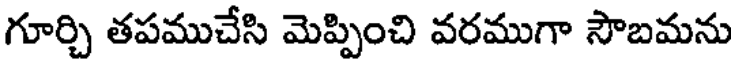
గూర్చి తపముచేసి మెప్పించి వరముగా సౌబమను